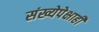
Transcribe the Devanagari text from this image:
संख्येपेक्षाही